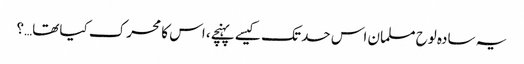
یہ سادہ لوح مسلمان اس حد تک کیسے پہنچے، اس کا محرک کیا تھا…؟